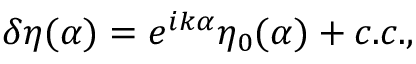
\delta \eta ( \alpha ) = e ^ { i k \alpha } \eta _ { 0 } ( \alpha ) + c . c . ,